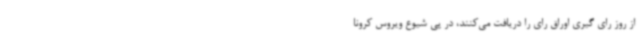
از روز رای گیری اوراق رای را دریافت می‌کنند، در پی شیوع ویروس کرونا